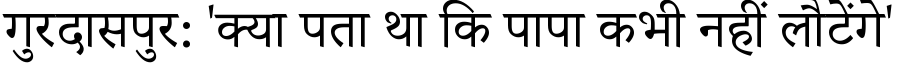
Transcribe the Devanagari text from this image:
गुरदासपुर: 'क्या पता था कि पापा कभी नहीं लौटेंगे'